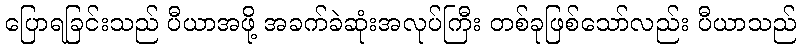
ပြောရခြင်းသည် ပီယာအဖို့ အခက်ခဲဆုံးအလုပ်ကြီး တစ်ခုဖြစ်သော်လည်း ပီယာသည်